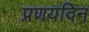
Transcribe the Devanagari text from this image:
प्रणयदिन